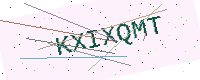
Text: KXIXQMT